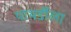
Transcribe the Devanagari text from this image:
पाथर्डीला